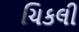
ચિકલી